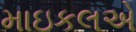
માઇકલએ